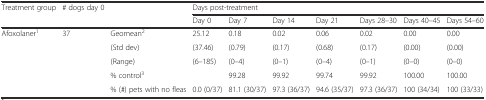
<table><thead><tr><td><b>Treatment group</b></td><td><b># dogs day 0</b></td><td></td><td colspan="7"><b>Days post-treatment</b></td></tr><tr><td></td><td></td><td></td><td><b>Day 0</b></td><td><b>Day 7</b></td><td><b>Day 14</b></td><td><b>Day 21</b></td><td><b>Days 28–30</b></td><td><b>Days 40–45</b></td><td><b>Days 54–60</b></td></tr></thead><tbody><tr><td rowspan="3">Afoxolaner<sup>1</sup></td><td rowspan="3">37</td><td>Geomean<sup>2</sup></td><td>25.12</td><td>0.18</td><td>0.02</td><td>0.06</td><td>0.02</td><td>0.00</td><td>0.00</td></tr><tr><td>(Std dev)</td><td>(37.46)</td><td>(0.79)</td><td>(0.17)</td><td>(0.68)</td><td>(0.17)</td><td>(0.00)</td><td>(0.00)</td></tr><tr><td>(Range)</td><td>(6–185)</td><td>(0–4)</td><td>(0–1)</td><td>(0–4)</td><td>(0–1)</td><td>(0–0)</td><td>(0–0)</td></tr><tr><td colspan="2"></td><td>% control<sup>3</sup></td><td></td><td>99.28</td><td>99.92</td><td>99.74</td><td>99.92</td><td>100.00</td><td>100.00</td></tr><tr><td colspan="2"></td><td>% (#) pets with no fleas</td><td>0.0 (0/37)</td><td>81.1 (30/37)</td><td>97.3 (36/37)</td><td>94.6 (35/37)</td><td>97.3 (36/37)</td><td>100 (34/34)</td><td>100 (33/33)</td></tr></tbody></table>